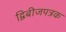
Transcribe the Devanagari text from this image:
द्विबीजपत्रक